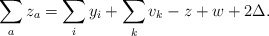
\begin{align*}\sum_a z_a = \sum_i y_i + \sum_k v_k - z + w +2\Delta.\end{align*}